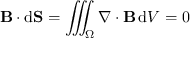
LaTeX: \mathbf { B } \cdot \mathrm { d } \mathbf { S } = \iiint _ { \Omega } \nabla \cdot \mathbf { B } \, \mathrm { d } V = 0